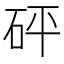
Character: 砰